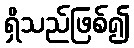
ရှိသည်ဖြစ်၍